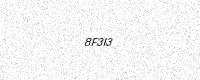
Text: 8F3I3